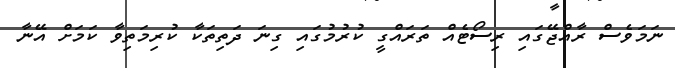
ނަމަވެސް ރާއްޖޭގައި ރިސޯޓެއް ތަރައްގީ ކުރުމުގައި ގިނަ ދަތިތަކާ ކުރިމަތިވާ ކަމަށް އޭނާ